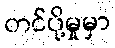
တင်ပို့မှုမှာ